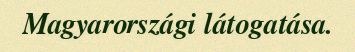
Magyarországi látogatása.